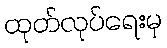
ထုတ်လုပ်ရေးမှ